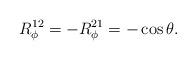
LaTeX: \begin{align*}R^{12}_\phi = - R^{21}_\phi = - \cos \theta.\end{align*}